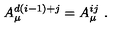
A _ { \mu } ^ { d ( i - 1 ) + j } = A _ { \mu } ^ { i j } \ .